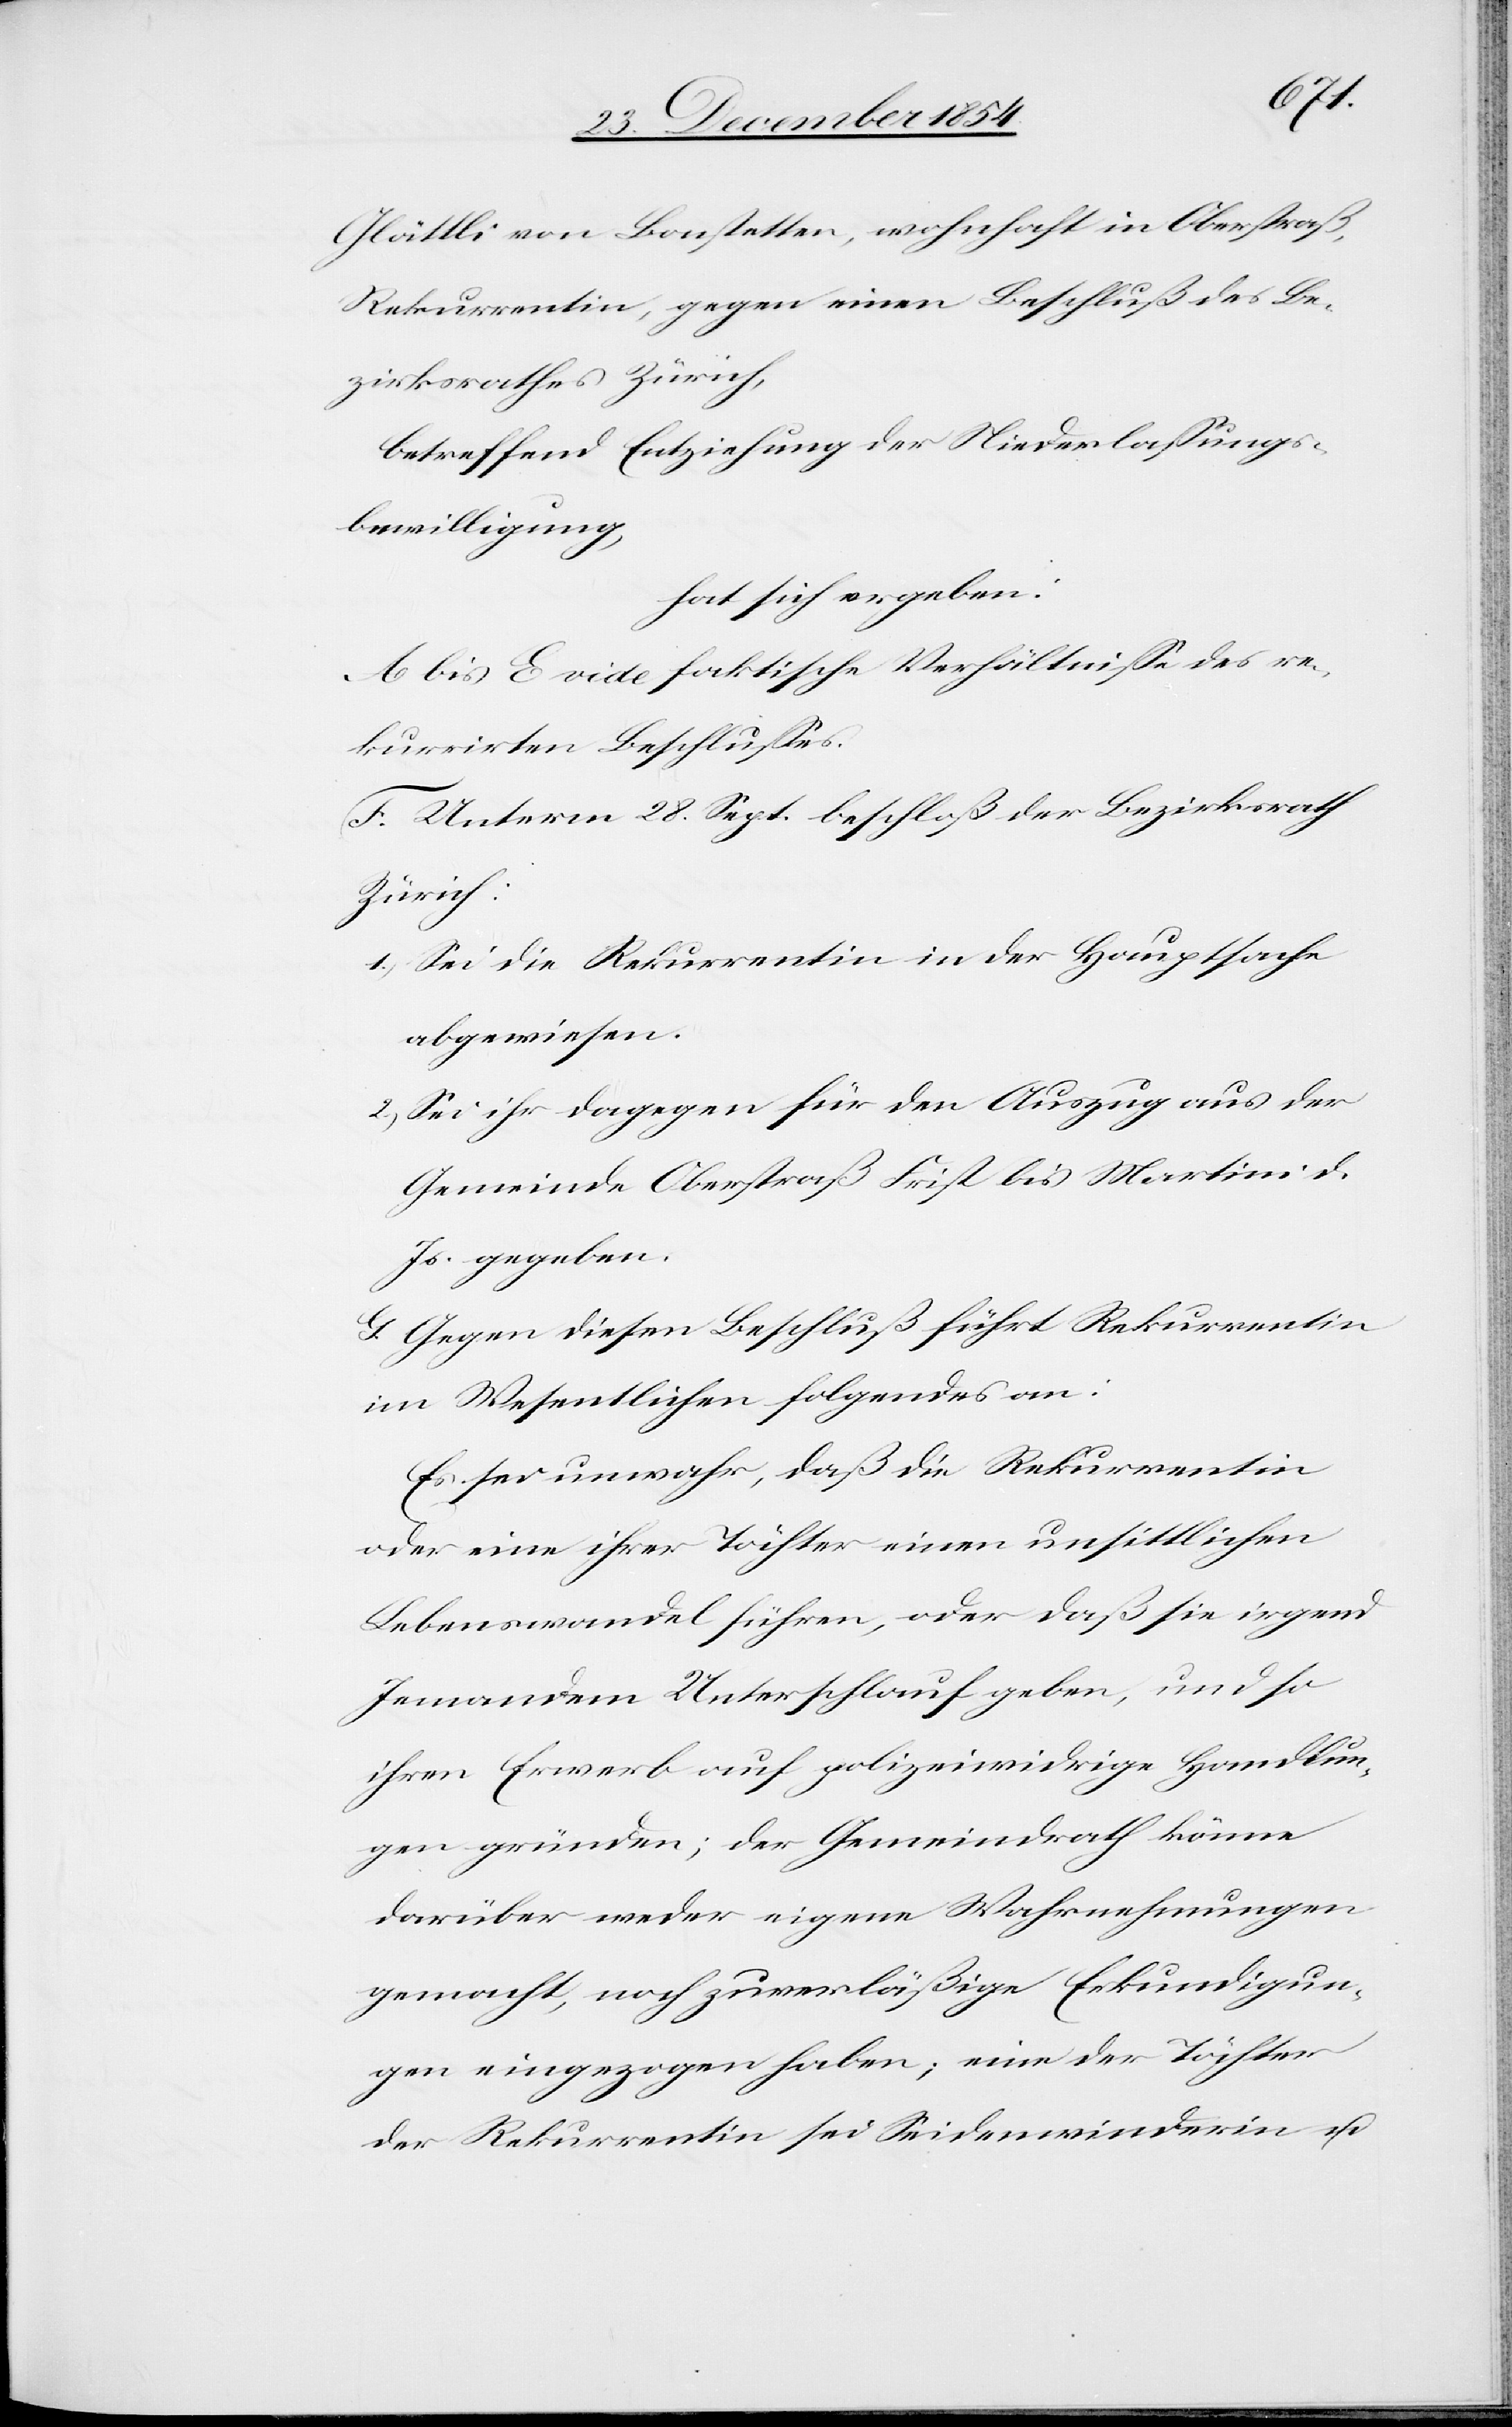
Glättli von Bonstetten, wohnhaft in Oberstraß,
Rekurrentin, gegen einen Beschluß des Be¬
zirksrathes Zürich,
betreffend Entziehung der Niederlaßungs¬
bewilligung,
hat sich ergeben:
A bis E vide faktische Verhältniße des re¬
kurrirten Beschlußes.
F. Unterm 28. Sept. beschloß der Bezirksrath
Zürich:
1.) Sei die Rekurrentin in der Hauptsache
abgewiesen.
2.) Sei ihr dagegen für den Auszug aus der
Gemeinde Oberstraß Frist bis Martini d.
Js. gegeben.
G. Gegen diesen Beschluß führt Rekurrentin
im Wesentlichen folgendes an:
Es sei unwahr, daß die Rekurrentin
oder eine ihrer Töchter einen unsittlichen
Lebenswandel führen, oder daß sie irgend
Jemandem Unterschlupf geben, und so
ihren Erwerb auf polizeiwidrige Handlun¬
gen gründen; der Gemeindrath könne
darüber weder eigene Wahrnehmungen
gemacht, noch zuverläßige Erkundigun¬
gen eingezogen haben; eine der Töchter
der Rekurrentin sei Seidenwinderin u.